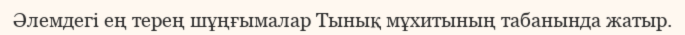
Әлемдегі ең терең шұңғымалар Тынық мұхитының табанында жатыр.